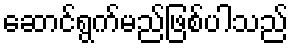
ဆောင်ရွက်မည်ဖြစ်ပါသည်